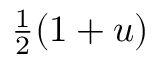
\textstyle { \frac { 1 } { 2 } } ( 1 + u )